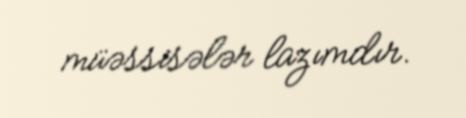
müəssisələr lazımdır.